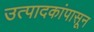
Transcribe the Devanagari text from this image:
उत्पादकांपासून